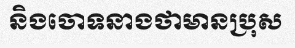
និងចោទនាងថាមានប្រុស